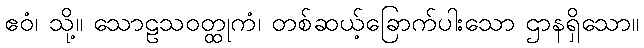
ဧဝံ၊ သို့။ သောဠသဝတ္ထုကံ၊ တစ်ဆယ့်ခြောက်ပါးသော ဌာနရှိသော။